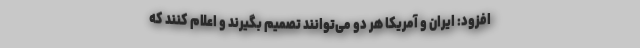
افزود: ایران و آمریکا هر دو می‌توانند تصمیم بگیرند و اعلام کنند که